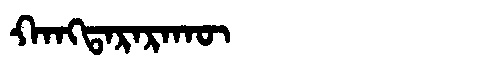
Manchu: ᡴᠠᠩᡨᠠᡵᠠᡵᠠᡴᡡ
Romanization: KANGTARARAKŪ